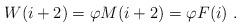
LaTeX: \begin{align*}W(i+2) =\varphi M(i+2) = \varphi F(i)~.\end{align*}